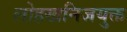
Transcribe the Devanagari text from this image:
लोहखनिजयुक्त